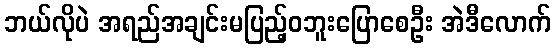
ဘယ်လိုပဲ အရည်အချင်းမပြည့်ဝဘူးပြောစေဦး အဲဒီလောက်